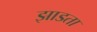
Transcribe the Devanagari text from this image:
झाडता